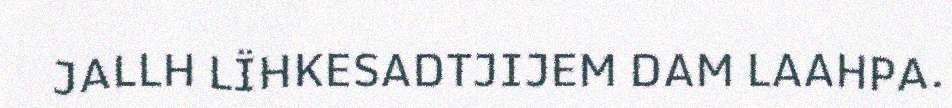
JALLH LÏHKESADTJIJEM DAM LAAHPA.